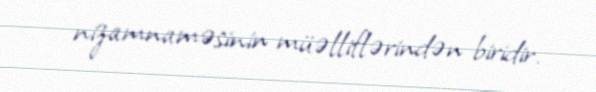
nizamnaməsinin müəlliflərindən biridir.